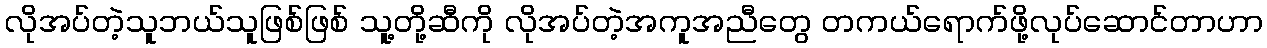
လိုအပ်တဲ့သူဘယ်သူဖြစ်ဖြစ် သူ့တို့ဆီကို လိုအပ်တဲ့အကူအညီတွေ တကယ်ရောက်ဖို့လုပ်ဆောင်တာဟာ